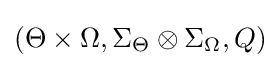
(\Theta \times \Omega ,\Sigma _{\Theta }\otimes \Sigma _{\Omega },Q)